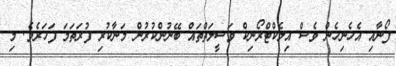
ފޯނާއި އެހެނިހެން ވެސް އިލެކްޓްރޯނިކް ވަސީލަތްތައް ބޭނުންކުރުން މަނާކުރި ފުރަތަމަ ފަހަރެވެ. މި